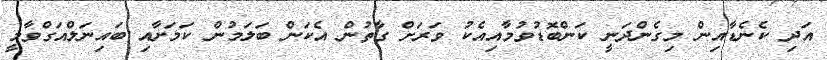
އަދި ކެނެޑާއިން މިގެންދަނީ ކަންބޮޑުވުމާއިއެކު ވަރަށް ގާތުން އެކަން ބަލަމުން ކަމަށާއި ބައިނަލްއަގްވާމީ